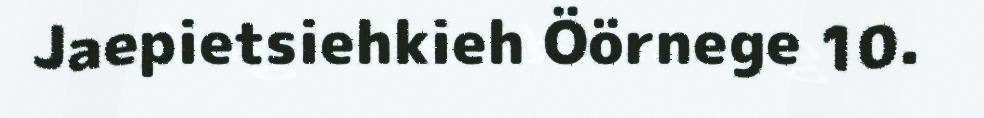
Jaepietsiehkieh Öörnege 10.